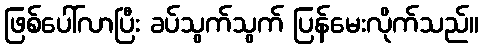
ဖြစ်ပေါ်လာပြီး ခပ်သွက်သွက် ပြန်မေးလိုက်သည်။